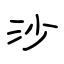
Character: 沙